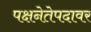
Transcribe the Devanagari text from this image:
पक्षनेतेपदावर